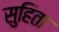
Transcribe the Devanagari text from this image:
सुहिता